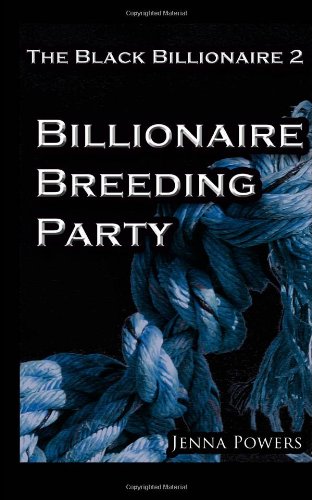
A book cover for The Black Billionaire 2: Billionaire Breeding Party; Jenna Powers; Romance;